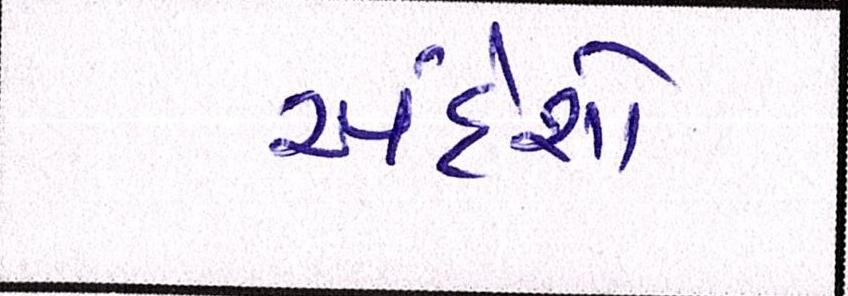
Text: અંદેશો